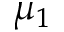
\mu _ { 1 }